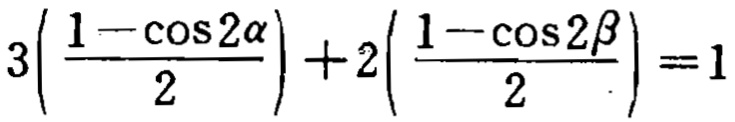
\(3\left(\frac{1 - \cos 2\alpha}{2}\right)+2\left(\frac{1 - \cos 2\beta}{2}\right)=1\)